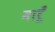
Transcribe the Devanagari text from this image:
मारूँ